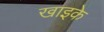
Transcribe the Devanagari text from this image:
खाइके